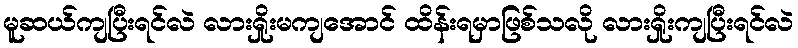
မူဆယ်ကျပြီးရင်လဲ လားရှိုးမကျအောင် ထိန်းရမှာဖြစ်သလို လားရှိုးကျပြီးရင်လဲ